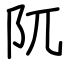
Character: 阢